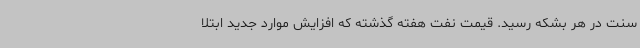
سنت در هر بشکه رسید. قیمت نفت هفته گذشته که افزایش موارد جدید ابتلا